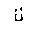
Letter: _ta